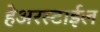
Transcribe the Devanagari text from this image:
हेअरस्टाईल